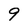
Character: 9